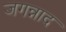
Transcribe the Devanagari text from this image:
जगन्नाद